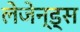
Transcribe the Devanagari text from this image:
लेजेन्ड्स